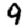
Digit: 9